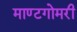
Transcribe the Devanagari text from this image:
माण्टगोमरी